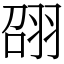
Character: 䎄